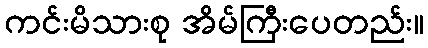
ကင်းမိသားစု အိမ်ကြီးပေတည်း။